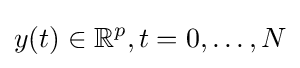
y(t)\in \mathbb {R} ^{p},t=0,\ldots ,N